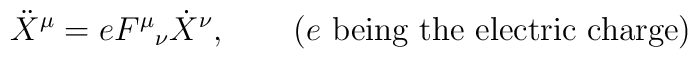
\ddot X^\mu = e {F^\mu}_\nu \dot X^\nu,\qquad (e \textrm{ being the electric  charge})